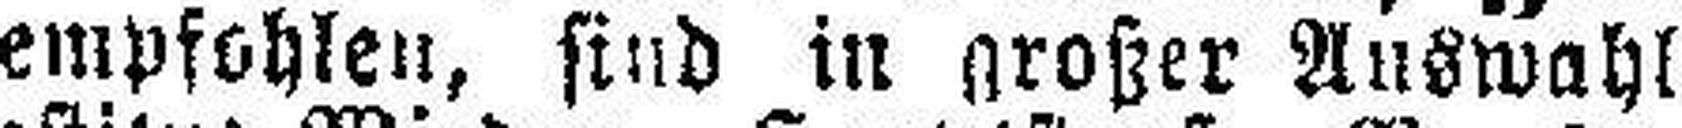
empfohlen, sind in großer Auswahl